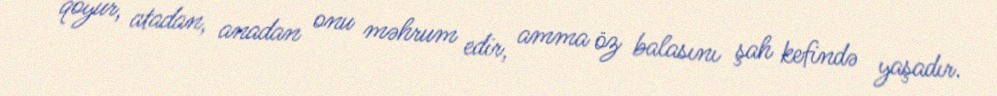
qoyur, atadan, anadan onu məhrum edir, amma öz balasını şah kefində yaşadır.